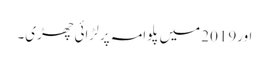
اور2019 میں پلوامہ پر لڑائی چھڑی۔